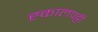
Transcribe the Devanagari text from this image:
ह्कालपट्टी